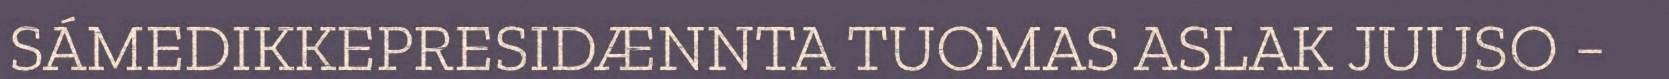
SÁMEDIKKEPRESIDÆNNTA TUOMAS ASLAK JUUSO −